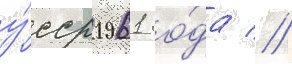
у́сср 1961 го́да //